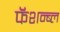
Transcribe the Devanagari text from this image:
फॅशन्ब्ल